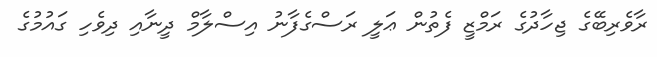
ރާވެރިބޭގެ ޖިހާދުގެ ރަމްޒީ ފެތުން ޢަލީ ރަސްގެފާނު އިސްލާމް ދީނާއި ދިވެހި ގައުމުގެ